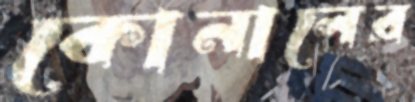
কোনালের